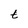
Character: t